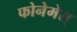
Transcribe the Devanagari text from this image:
फोनेमेस्